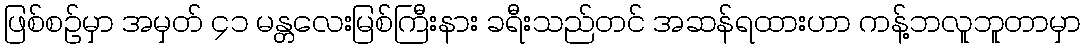
ဖြစ်စဉ်မှာ အမှတ် ၄၁ မန္တလေးမြစ်ကြီးနား ခရီးသည်တင် အဆန်ရထားဟာ ကန့်ဘလူဘူတာမှာ